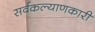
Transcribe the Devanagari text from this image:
सर्वकल्याणकारी